Civil Veterinary Department. Madras. Admin. report 1910-25 - 1910-1925
Year: 1910
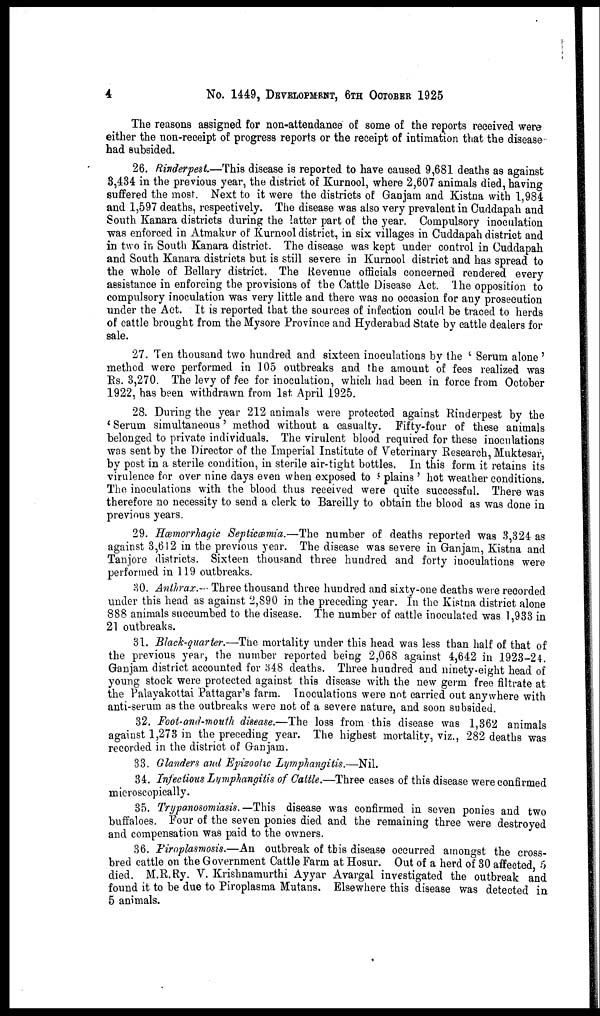
4
No. 1449, DEVELOPMENT, 6TH OCTOBER 1925
The reasons assigned for non-attendance of some of the reports received were
either the non-receipt of progress reports or the receipt of intimation that the disease
had subsided.
26. Rinderpest.—This disease is reported to have caused 9,681 deaths as against
3,434 in the previous year, the district of Kurnool, where 2,607 animals died, having
suffered the most. Next to it were the districts of Ganjam and Kistna with 1,984
and 1,597 deaths, respectively. The disease was also very prevalent in Cuddapah and
South Kanara districts during the latter part of the year. Compulsory inoculation
was enforced in Atmakur of Kurnool district, in six villages in Cuddapah district and
in two in South Kanara district. The disease was kept under control in Cuddapah
and South Kanara districts but is still severe in Kurnool district and has spread to
the whole of Bellary district. The Revenue officials concerned rendered every
assistance in enforcing the provisions of the Cattle Disease Act. The opposition to
compulsory inoculation was very little and there was no occasion for any prosecution
under the Act. It is reported that the sources of infection could be traced to herds
of cattle brought from the Mysore Province and Hyderabad State by cattle dealers for
sale.
27. Ten thousand two hundred and sixteen inoculations by the 'Serum alone'
method were performed in 105 outbreaks and the amount of fees realized was
Rs. 3,270. The levy of fee for inoculation, which had been in force from October
1922, has been withdrawn from 1st April 1925.
28. During the year 212 animals were protected against Rinderpest by the
'Serum simultaneous' method without a casualty. Fifty-four of these animals
belonged to private individuals. The virulent blood required for these inoculations
was sent by the Director of the Imperial Institute of Veterinary Research, Muktesar
by post in a sterile condition, in sterile air-tight bottles. In this form it retains its
virulence for over nine days even when exposed to 'plains' hot weather conditions.
The inoculations with the blood thus received were quite successful. There was
therefore no necessity to send a clerk to Bareilly to obtain the blood as was done in
previous years.
29. Hæmorrhagic Septicæmia.—The number of deaths reported was 3,324 as
against 3,612 in the previous year. The disease was severe in Ganjam, Kistna and
Tanjore districts. Sixteen thousand three hundred and forty inoculations were
performed in 119 outbreaks.
80. Anthrax.—Three thousand three hundred and sixty-one deaths were recorded
under this head as against 2,890 in the preceding year. In the Kistna district alone
888 animals succumbed to the disease. The number of cattle inoculated was 1,933 in
21 outbreaks.
31. Black-quarter.—The mortality under this head was less than half of that of
the previous year, the number reported being 2,068 against 4,642 in 1923-24.
Ganjam district accounted for 348 deaths. Three hundred and ninety-eight head of
young stock were protected against this disease with the new germ free filtrate at
the Palayakottai Pattagar's farm. Inoculations were not carried out anywhere with
anti-serum as the outbreaks were not of a severe nature, and soon subsided.
32. Foot-and-mouth disease.—The loss from this disease was 1,362 animals
against 1,273 in the preceding year. The highest mortality, viz., 282 deaths was
recorded in the district of Ganjam.
33. Glanders and Epizootic Lymphangitis.—Nil.
34. Infectious Lymphangitis of Cattle.—Three cases of this disease were confirmed
microscopically.
35. Trypanosomiasis. — This disease was confirmed in seven ponies and two
buffaloes. Four of the seven ponies died and the remaining three were destroyed
and compensation was paid to the owners.
36. Piroplasmosis.—An outbreak of this disease occurred amongst the cross-
bred cattle on the Government Cattle Farm at Hosur. Out of a herd of 30 affected 5
died. M.R.Ry. V. Krishnamurthi Ayyar Avargal investigated the outbreak and
found it to be due to Piroplasma Mutans. Elsewhere this disease was detected in
5 animals.